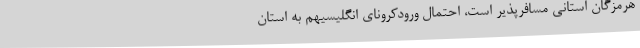
هرمزگان استانی مسافرپذیر است، احتمال ورودکرونای انگلیسیهم به استان